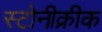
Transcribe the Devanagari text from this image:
स्टोनीक्रीक